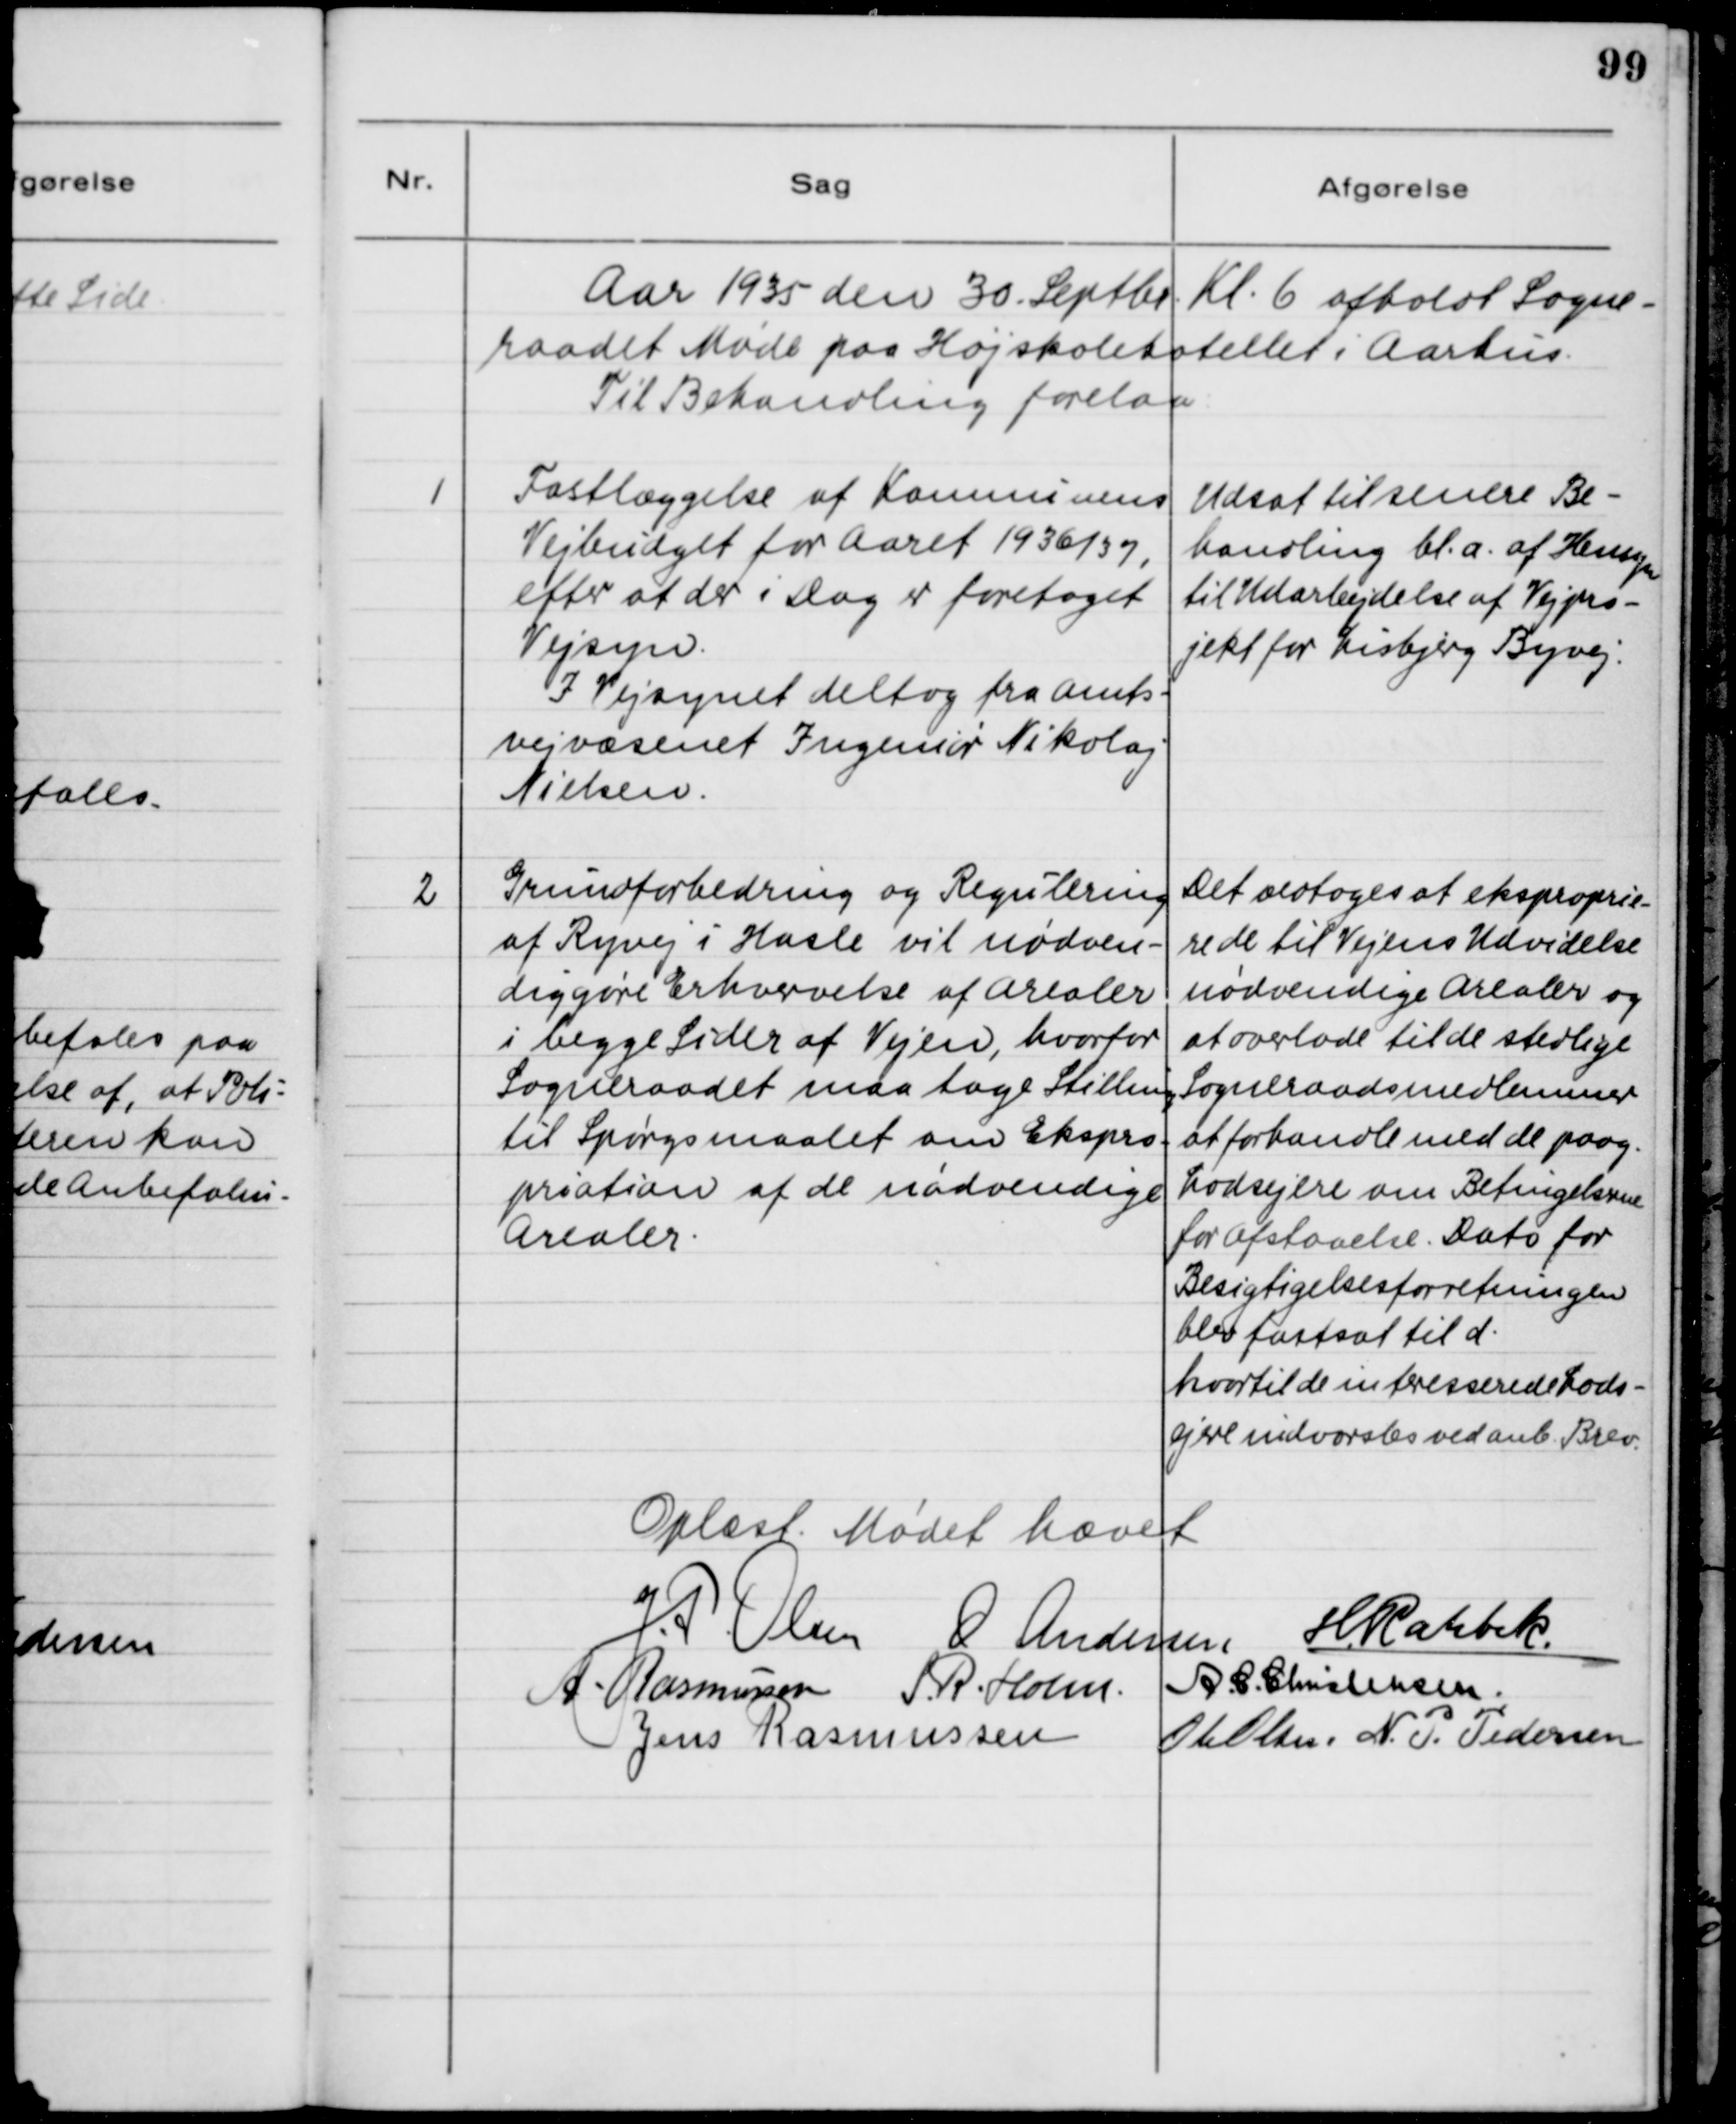
Transskription:
Aar 1935 den 30. Septbr. Kl. 6 afholdt Sogne-
raadet Møde paa Højskolehotellet i Aarhus.
Til Behandling forelaa:

1

Fastlæggelse af Kommunens
Vejbudget for Aaret 1936/37,
efter at der i Dag er foretaget
Vejsyn.
I Vejsynet deltog fra Amts-
vejvæsenet Ingeniør Nikolaj
Nielsen.

Udsat til senere Be-
handling bl.a. af Hensyn
til Udarbejdelse af Vejpro-
jekt for Lisbjerg Byvej.

2

Grundforbedring og Regulering
af Ryvej i Hasle vil nødven-
diggøre Erhvervelse af Arealer
i begge Sider af Vejen, hvorfor
Sogneraadet maa tage Stilling
til Spørgsmaalet om Ekspro-
priation af de nødvendige
Arealer.

Det vedtoges at eksproprie-
re de til Vejens Udvidelse
nødvendige Arealer og
at overlade til de stedlige
Sogneraadsmedlemmer
at forhandle med de paag.
Lodsejere om Betingelserne
for Afstaaelse Dato for
Besigtigelsesforretningen
blev fast til d.
hvortil de interesserede Lods-
ejere indvarslet ved anb. Brev.

Oplæst. Mødet hævet.